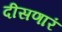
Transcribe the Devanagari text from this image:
दीसणारं